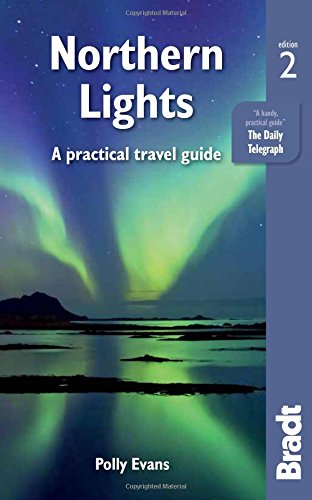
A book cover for Northern Lights: A Practical Travel Guide (Bradt Travel Guide); Polly Evans; Travel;